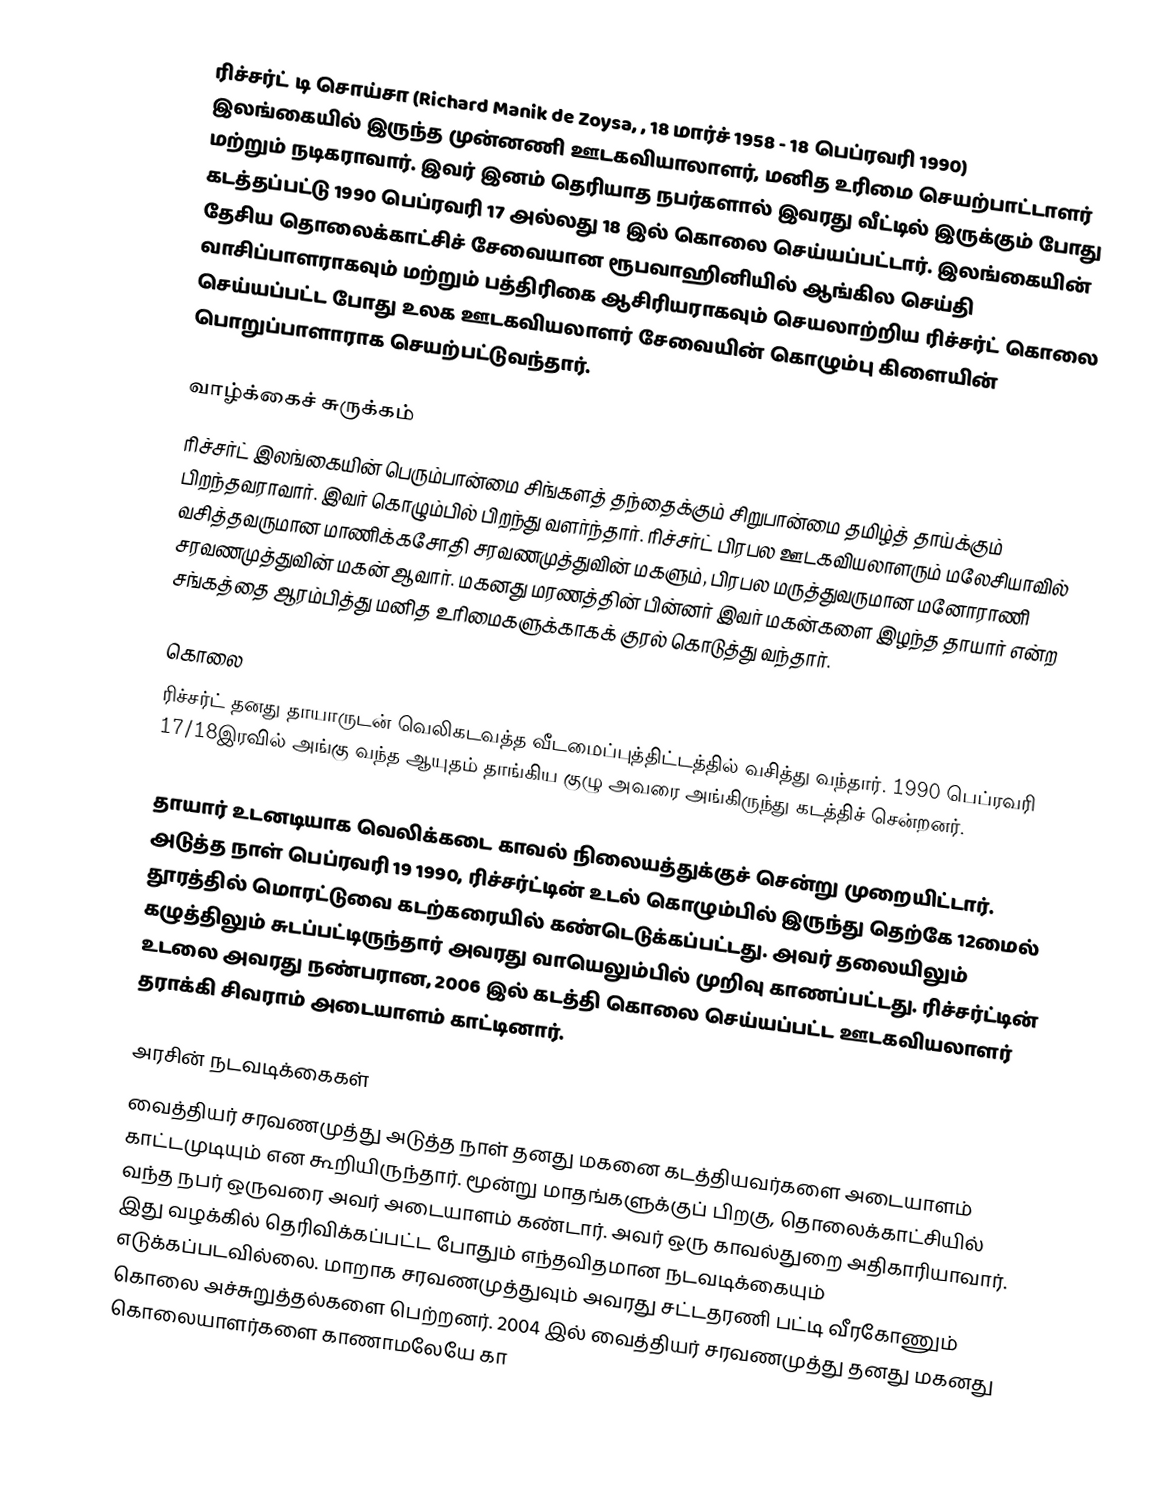
ரிச்சர்ட் டி சொய்சா (Richard Manik de Zoysa, , 18 மார்ச் 1958 - 18 பெப்ரவரி 1990) இலங்கையில் இருந்த முன்னணி ஊடகவியாலாளர், மனித உரிமை செயற்பாட்டாளர் மற்றும் நடிகராவார். இவர் இனம் தெரியாத நபர்களால் இவரது வீட்டில் இருக்கும் போது கடத்தப்பட்டு 1990 பெப்ரவரி 17 அல்லது 18 இல் கொலை செய்யப்பட்டார். இலங்கையின் தேசிய தொலைக்காட்சிச் சேவையான ரூபவாஹினியில் ஆங்கில செய்தி வாசிப்பாளராகவும் மற்றும் பத்திரிகை ஆசிரியராகவும் செயலாற்றிய ரிச்சர்ட் கொலை செய்யப்பட்ட போது உலக ஊடகவியலாளர் சேவையின் கொழும்பு கிளையின் பொறுப்பாளாராக செயற்பட்டுவந்தார்.

வாழ்க்கைச் சுருக்கம்
ரிச்சர்ட் இலங்கையின் பெரும்பான்மை சிங்களத் தந்தைக்கும் சிறுபான்மை தமிழ்த் தாய்க்கும் பிறந்தவராவார். இவர் கொழும்பில் பிறந்து வளர்ந்தார். ரிச்சர்ட் பிரபல ஊடகவியலாளரும் மலேசியாவில் வசித்தவருமான மாணிக்கசோதி சரவணமுத்துவின் மகளும், பிரபல மருத்துவருமான மனோராணி சரவணமுத்துவின் மகன் ஆவார். மகனது மரணத்தின் பின்னர் இவர் மகன்களை இழந்த தாயார் என்ற சங்கத்தை ஆரம்பித்து மனித உரிமைகளுக்காகக் குரல் கொடுத்து வந்தார்.

கொலை
ரிச்சர்ட் தனது தாயாருடன் வெலிகடவத்த வீடமைப்புத்திட்டத்தில் வசித்து வந்தார். 1990 பெப்ரவரி 17/18இரவில் அங்கு வந்த ஆயுதம் தாங்கிய குழு அவரை அங்கிருந்து கடத்திச் சென்றனர்.

தாயார் உடனடியாக வெலிக்கடை காவல் நிலையத்துக்குச் சென்று முறையிட்டார். அடுத்த நாள் பெப்ரவரி 19 1990, ரிச்சர்ட்டின் உடல் கொழும்பில் இருந்து தெற்கே 12மைல் தூரத்தில் மொரட்டுவை கடற்கரையில் கண்டெடுக்கப்பட்டது. அவர் தலையிலும் கழுத்திலும் சுடப்பட்டிருந்தார் அவரது வாயெலும்பில் முறிவு காணப்பட்டது. ரிச்சர்ட்டின் உடலை அவரது நண்பரான, 2006 இல் கடத்தி கொலை செய்யப்பட்ட ஊடகவியலாளர் தராக்கி சிவராம் அடையாளம் காட்டினார்.

அரசின் நடவடிக்கைகள்
வைத்தியர் சரவணமுத்து அடுத்த நாள் தனது மகனை கடத்தியவர்களை அடையாளம் காட்டமுடியும் என கூறியிருந்தார். மூன்று மாதங்களுக்குப் பிறகு, தொலைக்காட்சியில் வந்த நபர் ஒருவரை அவர் அடையாளம் கண்டார். அவர் ஒரு காவல்துறை அதிகாரியாவார். இது வழக்கில் தெரிவிக்கப்பட்ட போதும் எந்தவிதமான நடவடிக்கையும் எடுக்கப்படவில்லை. மாறாக சரவணமுத்துவும் அவரது சட்டதரணி பட்டி வீரகோணும் கொலை அச்சுறுத்தல்களை பெற்றனர். 2004 இல் வைத்தியர் சரவணமுத்து தனது மகனது கொலையாளர்களை காணாமலேயே கா